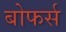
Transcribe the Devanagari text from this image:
बोफर्स